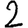
Digit: 2